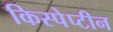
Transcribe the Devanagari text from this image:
किस्पेप्टीन